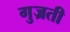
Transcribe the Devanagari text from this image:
गुज्रती